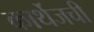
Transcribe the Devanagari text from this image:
कार्थेजची